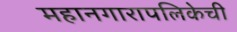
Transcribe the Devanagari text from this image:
महानगारापलिकेची